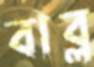
বাব্ল